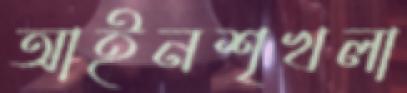
আইনশৃখলা